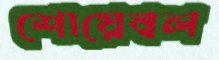
শোয়েবল